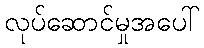
လုပ်ဆောင်မှုအပေါ်